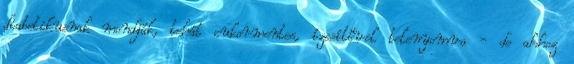
diabetikusnak mondják, tehát cukormentes, ízesítővel telenyomva - de ahhoz